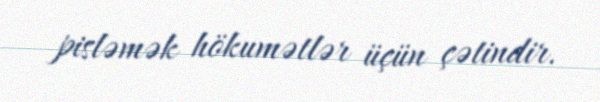
pisləmək hökumətlər üçün çətindir.